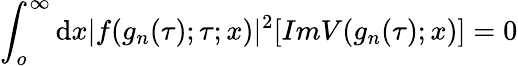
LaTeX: \int_{o}^{\infty}\mathrm{d}x|f(g_{n}(\tau);\tau;x)|^{2}[ImV(g_{n}(\tau);x)]=0